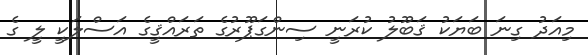
މިއަދު ގިނަ ބަޔަކު ޤަބޫލު ކުރަނީ ސިންގަޕޫރުގެ ތަރައްޤީގެ އަސްލަކީ ލީ ގެ